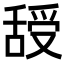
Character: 𦧦